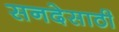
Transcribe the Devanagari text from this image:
सनदेसाठी